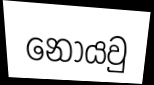
නොයවු